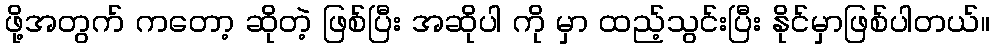
ဖို့အတွက် ကတော့ ဆိုတဲ့ ဖြစ်ပြီး အဆိုပါ ကို မှာ ထည့်သွင်းပြီး နိုင်မှာဖြစ်ပါတယ်။